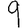
Digit: 9